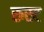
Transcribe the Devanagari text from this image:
रूस्ट